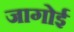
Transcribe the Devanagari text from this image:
जागोई